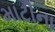
માટીના